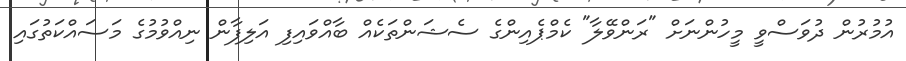
އުމުރުން ދުވަސްވީ މީހުންނަށް "ރަންވޭލާ" ކެމްޕެއިންގެ ސެޝަންތަކެއް ބާއްވައިފި އަލިފާން ނިއްވުމުގެ މަސައްކަތުގައި